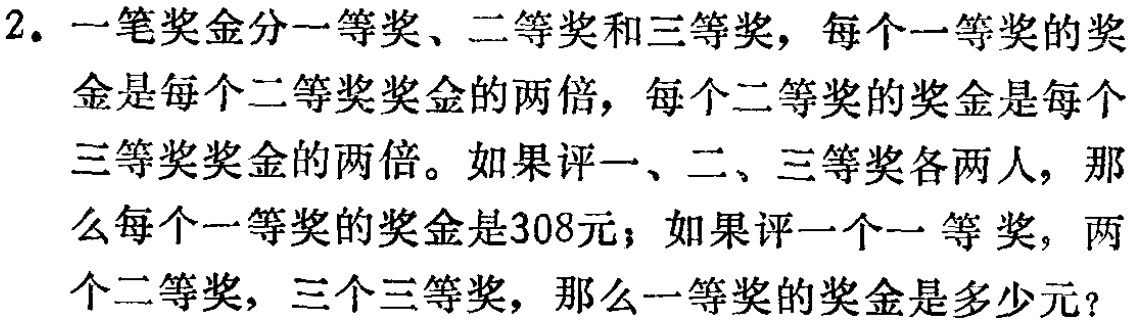
2. 一笔奖金分一等奖、二等奖和三等奖，每个一等奖的奖金是每个二等奖奖金的两倍，每个二等奖的奖金是每个三等奖奖金的两倍。如果评一、二、三等奖各两人，那么每个一等奖的奖金是308元；如果评一个一等奖，两个二等奖，三个三等奖，那么一等奖的奖金是多少元？